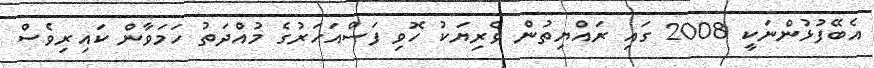
އެބޭފުޅުންނަކީ 2008 ގައި ރައްޔިތުން ވެރިޔަކު ހޮވި ފަސްއަހަރުގެ މުއްދަތު ހަމަވާން ކައިރިވެސް